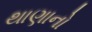
થાણાનો